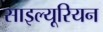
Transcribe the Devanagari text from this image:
साइल्यूरियन